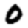
Digit: 0